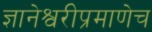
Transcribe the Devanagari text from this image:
ज्ञानेश्वरीप्रमाणेच